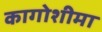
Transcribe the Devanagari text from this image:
कागोशीमा